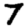
Digit: 7